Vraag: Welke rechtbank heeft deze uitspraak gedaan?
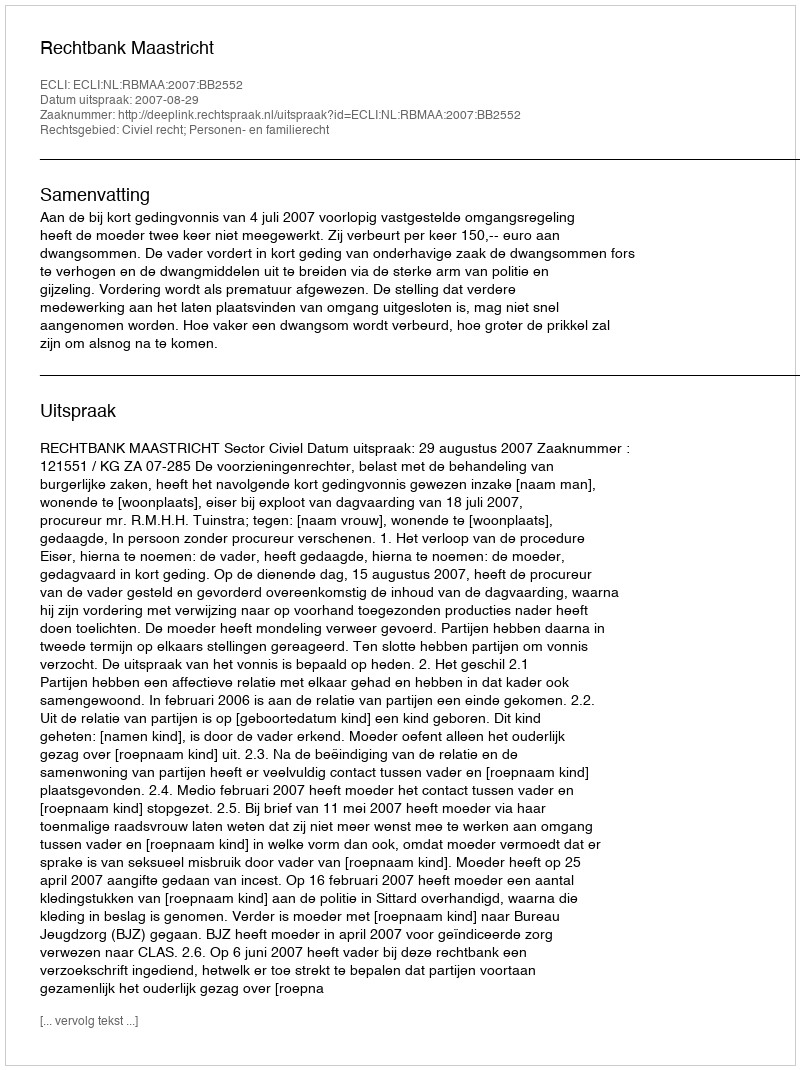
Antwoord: Rechtbank Maastricht